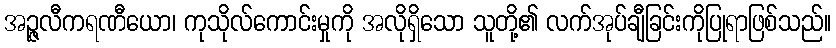
အဉ္ဇလီကရဏီယော၊ ကုသိုလ်ကောင်းမှုကို အလိုရှိသော သူတို့၏ လက်အုပ်ချီခြင်းကိုပြုရာဖြစ်သည်။